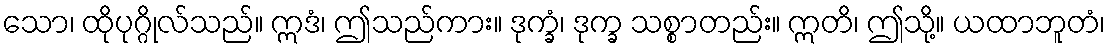
သော၊ ထိုပုဂ္ဂိုလ်သည်။ ဣဒံ၊ ဤသည်ကား။ ဒုက္ခံ၊ ဒုက္ခ သစ္စာတည်း။ ဣတိ၊ ဤသို့။ ယထာဘူတံ၊